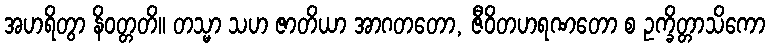
အဟရိတွာ နိဝတ္တတိ။ တသ္မာ သဟ ဇာတိယာ အာဂတတော, ဇီဝိတဟရဏတော စ ဥက္ခိတ္တာသိကော